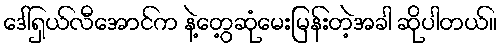
ဒေါ်ရှယ်လီအောင်က နဲ့တွေ့ဆုံမေးမြန်းတဲ့အခါ ဆိုပါတယ်။